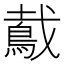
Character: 䳒